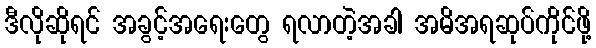
ဒီလိုဆိုရင် အခွင့်အရေးတွေ ရလာတဲ့အခါ အမိအရဆုပ်ကိုင်ဖို့